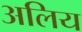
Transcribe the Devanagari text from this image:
अलिय